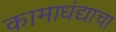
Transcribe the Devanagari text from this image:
कामाधंद्याचा